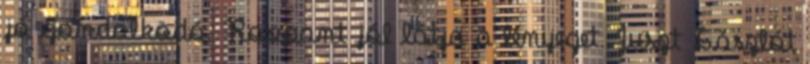
jó gondolkodó. Roppant jól látja a lényeget. Juszt Lászlót